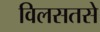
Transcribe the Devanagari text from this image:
विलसतसे